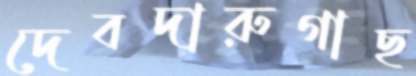
দেবদারুগাছ